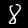
Digit: 8